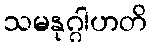
သမနုဂ္ဂါဟတိ